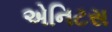
એનિટસ